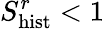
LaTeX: S_{\mathrm{hist}}^{r}<1